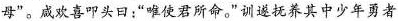
母”。咸欢喜叩头曰：”唯使君所命。”训遂抚养其中少年勇者